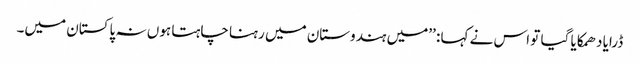
ڈرایا دھمکایا گیا تو اس نے کہا : ’’میں ہندوستان میں رہنا چاہتا ہوں نہ پاکستان میں۔